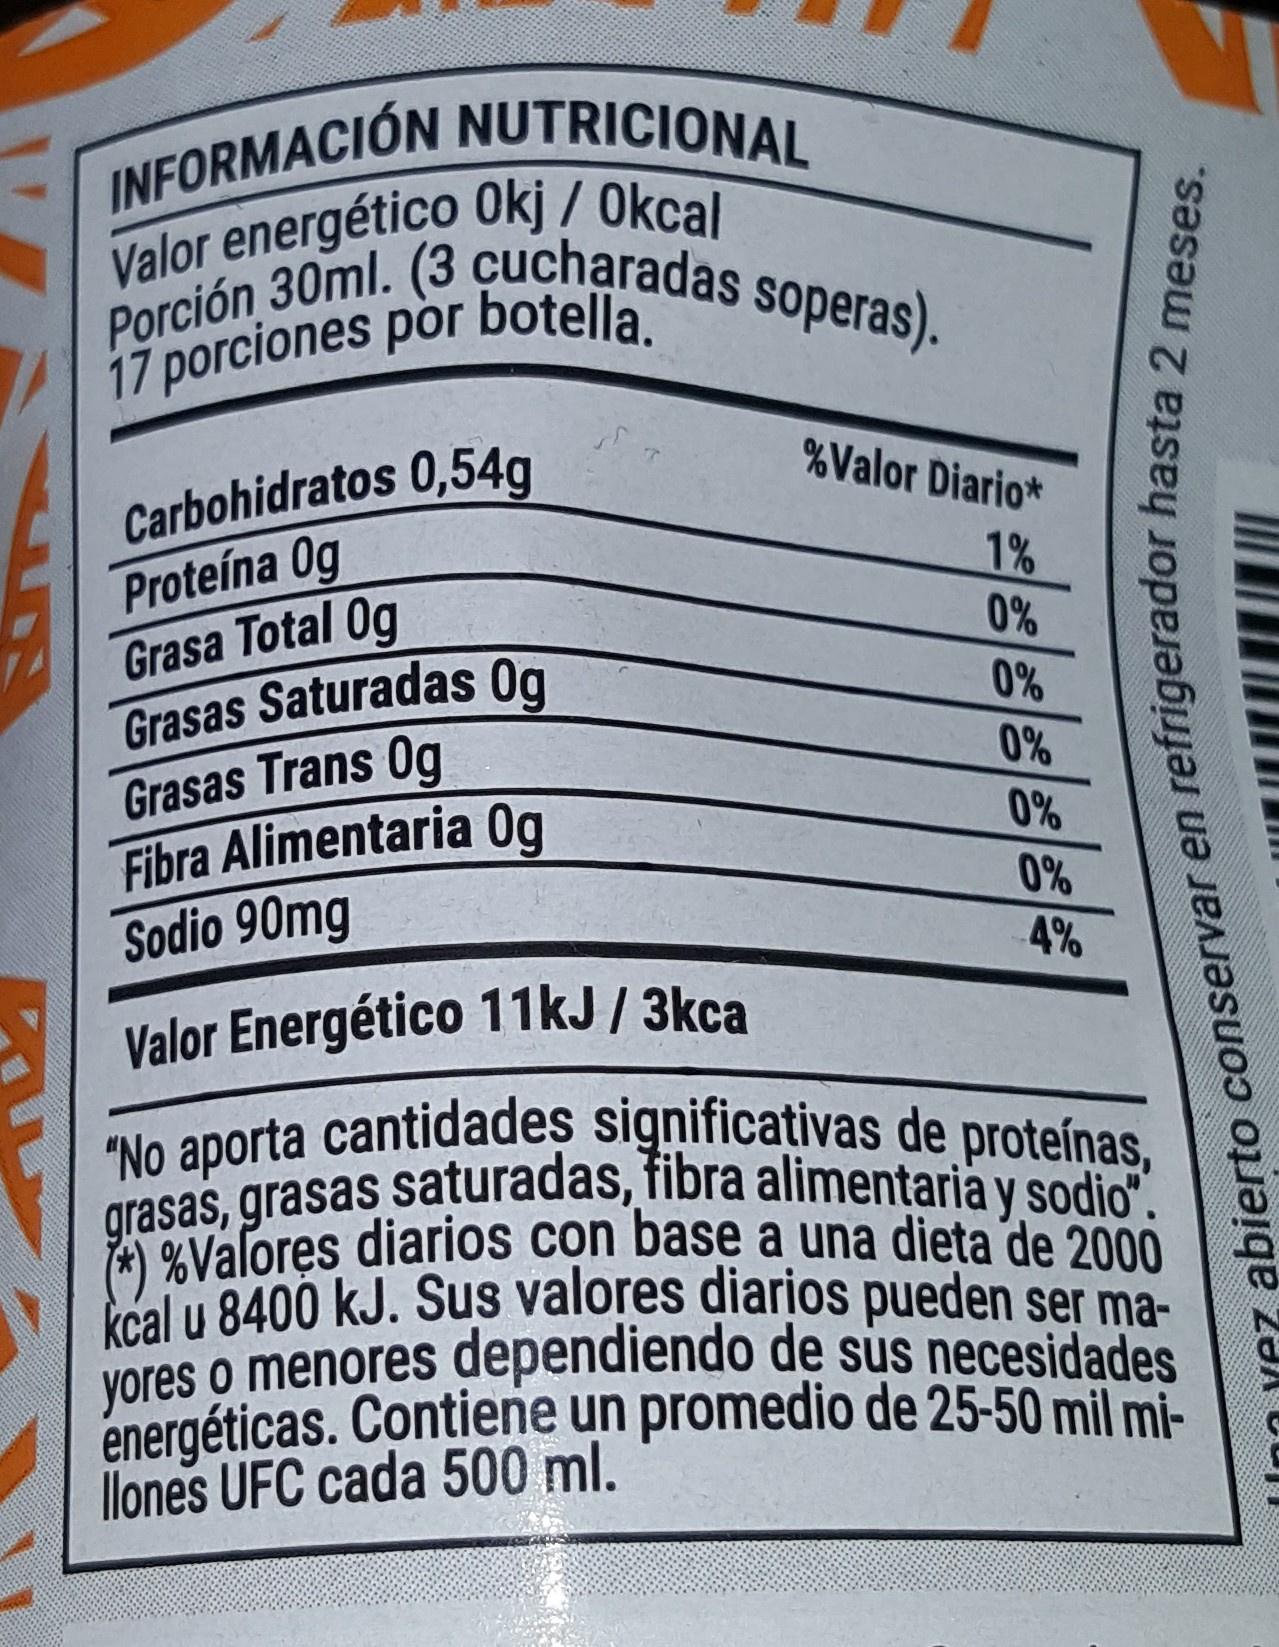
INFORMACIÓN NUTRICIONAL Valor energético Okj / Okcal Porción 30ml. (3 cucharadas soperas).
17 porciones por botella.
Carbohidratos 0,54g Proteína 0g Grasa Total Og Grasas Saturadas 0g Grasas Trans Og Fibra Alimentaria Og Sodio 90mg
%Valor Diario*
1% 0%
0%
0%
0%
0%
4%
Valor Energético 11kJ / 3kca
"No aporta cantidades significativas de proteínas, grasas, grasas saturadas, fibra alimentaria y sodio". (*) %Valores diarios con base a una dieta de 2000 kcal u 8400 kJ. Sus valores diarios pueden ser ma- yores o menores dependiendo de sus necesidades energéticas. Contiene un promedio de 25-50 mil mi- llones UFC cada 500 ml.
refrigerador hasta 2 meses.
inn vez abierto conservar elI